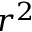
r ^ { 2 }